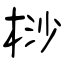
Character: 桫